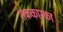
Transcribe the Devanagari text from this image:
शककारका